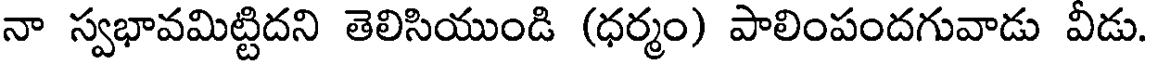
నా స్వభావమిట్టిదని తెలిసియుండి (ధర్మం) పాలింపందగువాడు వీడు